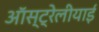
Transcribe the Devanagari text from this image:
ऑस्ट्रेलीयाई